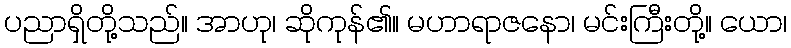
ပညာရှိတို့သည်။ အာဟု၊ ဆိုကုန်၏။ မဟာရာဇနော၊ မင်းကြီးတို့။ ယော၊